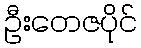
ဦးတေဇပိုင်